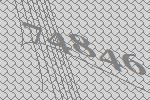
74846